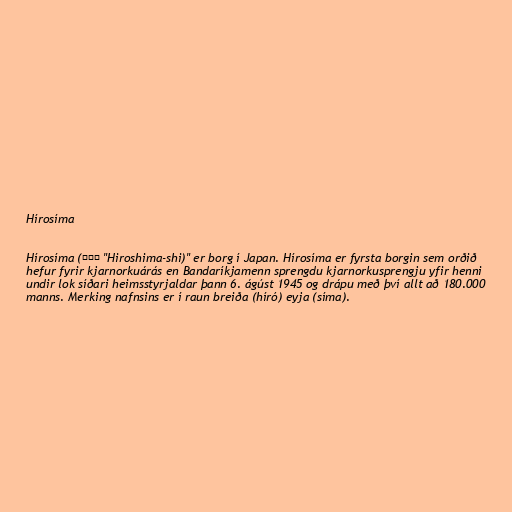
Hírosíma

Hírosíma (広島市 "Hiroshima-shi)" er borg í Japan. Hírosíma er fyrsta borgin sem orðið
hefur fyrir kjarnorkuárás en Bandaríkjamenn sprengdu kjarnorkusprengju yfir henni
undir lok síðari heimsstyrjaldar þann 6. ágúst 1945 og drápu með því allt að 180.000
manns. Merking nafnsins er í raun breiða (híró) eyja (síma).